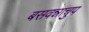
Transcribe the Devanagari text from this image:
बसवन्नाचुप